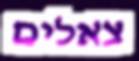
צאלים